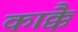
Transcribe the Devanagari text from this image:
काक्कै